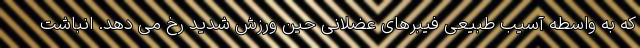
که به واسطه آسیب طبیعی فیبرهای عضلانی حین ورزش شدید رخ می دهد. انباشت